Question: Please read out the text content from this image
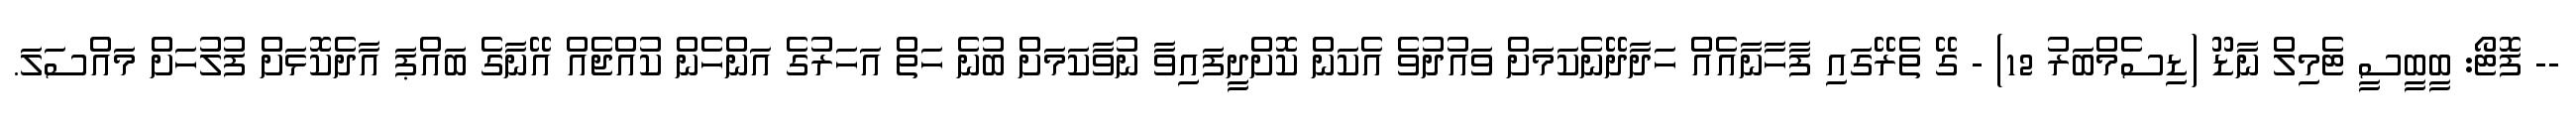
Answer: -- ފޮޓޯ: ބީބީސީ ޓެމިލް ނާޑޫ (ޑިސެމްބަރު 12) - ގޭ ތެރޭގައި ފާހާނާއެއް ހަދާދޭނެކަމަށް ވައުދުވެ އެކަން ކޮށްދީފައިވާ ނުވާކަމަށް ބުނެ ހަތް އަހަރުގެ އަންހެން ކުއްޖެއް އޭނާގެ ބައްޕަ އާދެކޮޅަށް ފުލުހަށް މައްސަލަ.